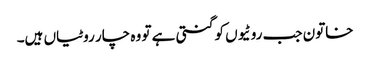
خاتون جب روٹیوں کو گنتی ہے تو وہ چار روٹیاں ہیں۔